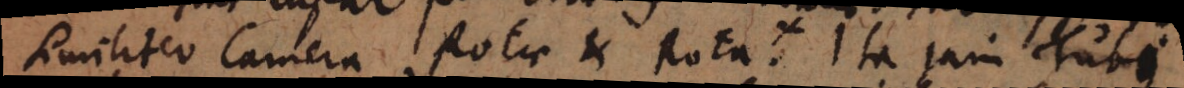
similiter Camera Rotae et Rota. ⁜ Ita jam Tubi